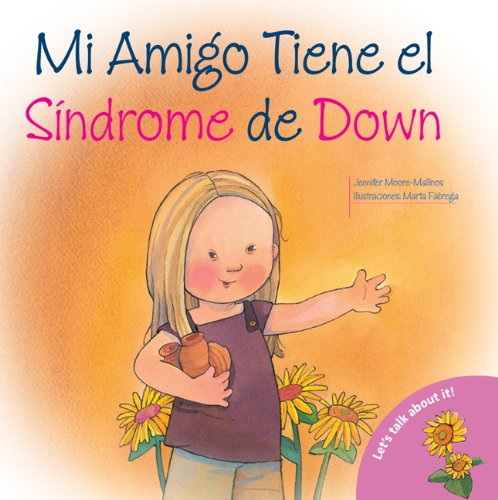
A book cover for Mi Amigo Tiene el Sindrome de Down: My Friend Has Down Syndrome (Spanish-Language Edition) (Hablemos De Esto!) (Spanish Edition); Jennifer Moore-Mallinos; Health, Fitness & Dieting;